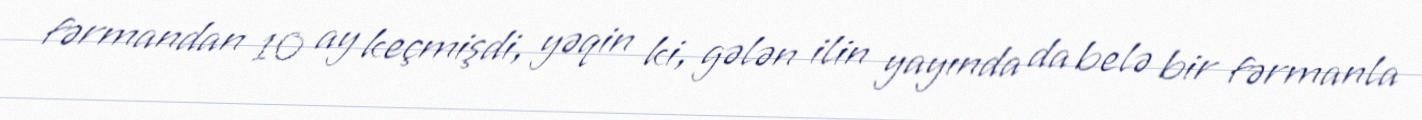
fərmandan 10 ay keçmişdi, yəqin ki, gələn ilin yayında da belə bir fərmanla